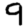
Digit: 9